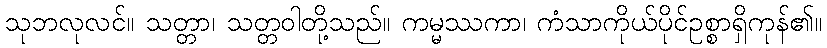
သုဘလုလင်။ သတ္တာ၊ သတ္တဝါတို့သည်။ ကမ္မဿကာ၊ ကံသာကိုယ်ပိုင်ဥစ္စာရှိကုန်၏။